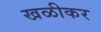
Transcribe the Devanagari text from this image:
खळीकर